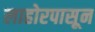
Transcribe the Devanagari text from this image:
लाहोरपासून